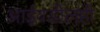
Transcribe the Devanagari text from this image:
आईवडीलही